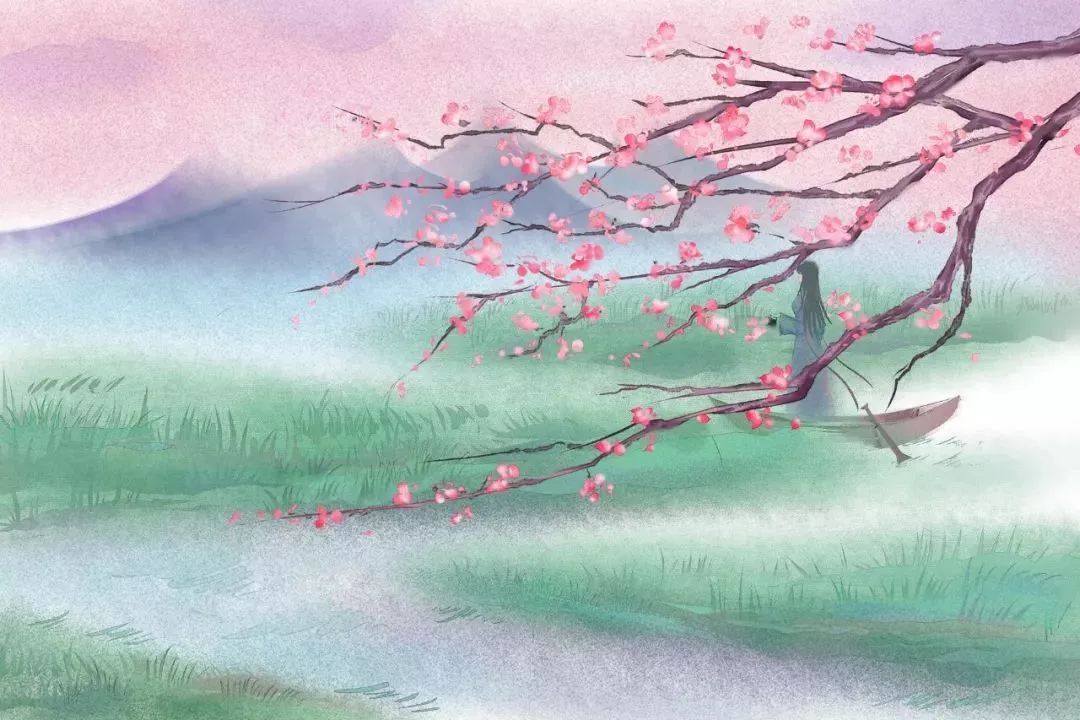
写不成书，只寄得相思一点。